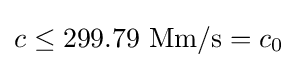
c\leq 299.79{\text{ Mm/s}}=c_{0}